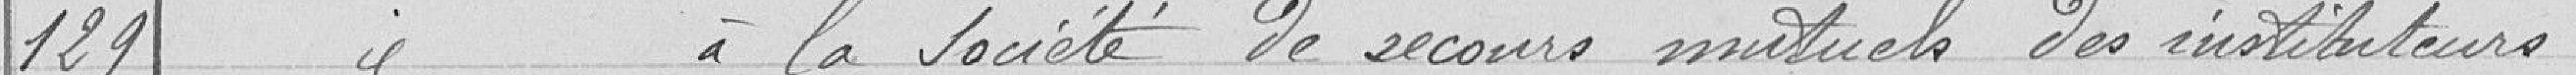
129 Subvention à la société de secours mutuels des instituteurs